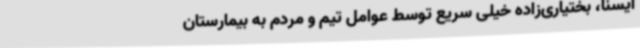
ایسنا، بختیاری‌زاده خیلی سریع توسط عوامل تیم و مردم به بیمارستان